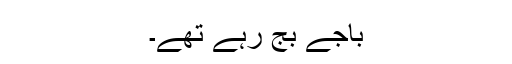
باجے بج رہے تھے۔